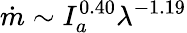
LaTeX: \dot{m}\sim I_{a}^{0.40}{\lambda^{-1.19}}